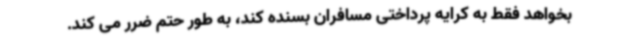
بخواهد فقط به کرایه پرداختی مسافران بسنده کند، به طور حتم ضرر می کند.